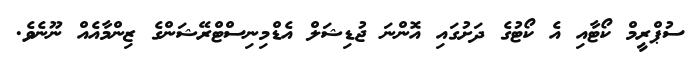
ސުޕްރީމް ކޯޓާއި އެ ކޯޓުގެ ދަށުގައި އޮންނަ ޖުޑިޝަލް އެޑްމިނިސްޓްރޭޝަންގެ ޒިންމާއެއް ނޫނެވެ.